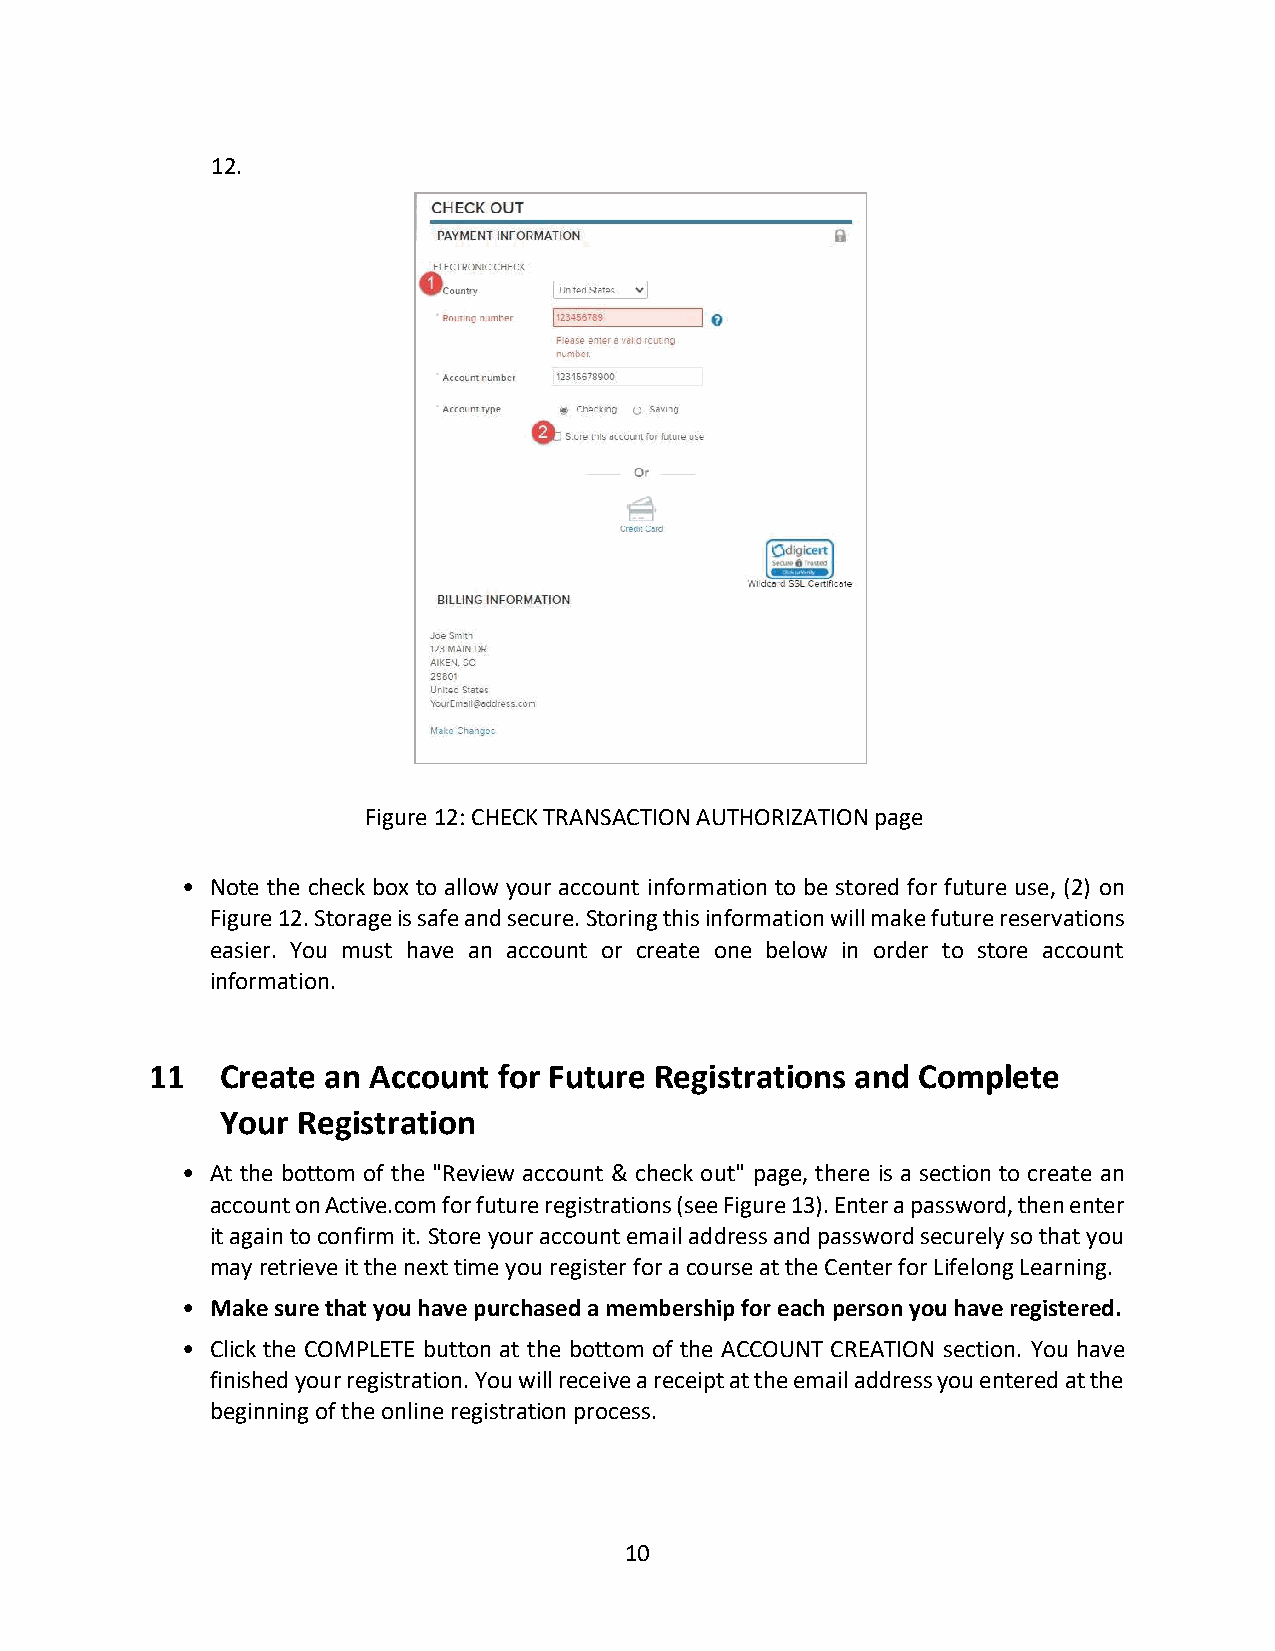
12.
 Figure 12: CHECK TRANSACTION AUTHORIZATION page
 • Note the check box to allow your account information to be stored for future use, (2) on
 Figure 12. Storage is safe and secure. Storing this information will make future reservations
 easier. You must have an account or create one below in order to store account
 information.
 11   Create an Account for Future Registrations and Complete
 Your Registration
 • At the bottom of the "Review account & check out" page, there is a section to create an
 account on Active.com for future registrations (see Figure 13). Enter a password, then enter
 it again to confirm it. Store your account email address and password securely so that you
 may retrieve it the next time you register for a course at the Center for Lifelong Learning.
 • Make sure that you have purchased a membership for each person you have registered.
 • Click the COMPLETE button at the bottom of the ACCOUNT CREATION section. You have
 finished your registration. You will receive a receipt at the email address you entered at the
 beginning of the online registration process.
 10